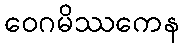
ဝေဂမိဿကေန